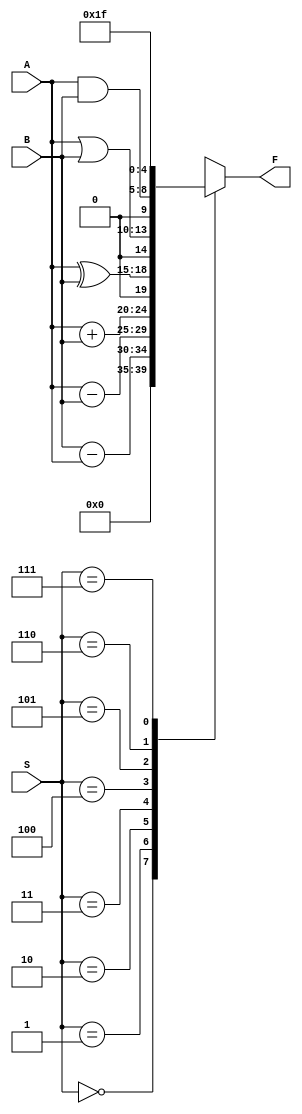
module ALU(A,B,S,F);

	input [3:0] A,B;
	input [2:0] S;
	output reg [4:0] F;

	always @(*) begin
		case(S)
		0:F=0;
		1:F=B-A;
		2:F=A-B;
		3:F=A+B;
		4:F=A^B;
		5:F=A|B;
		6:F=A&B;
		7:F=5'b11111;
		endcase
	end

endmodule